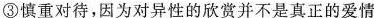
③慎重对待，因为对异性的欣赏并不是真正的爱情